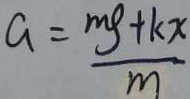
a = \frac { m g + k x } { m }